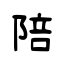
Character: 陪